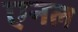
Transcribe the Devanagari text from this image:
एनल